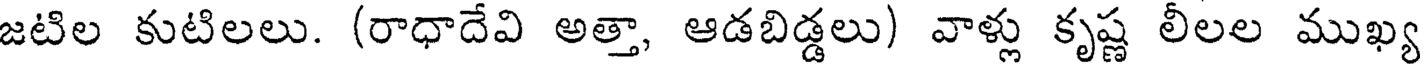
జటిల కుటిలలు. (రాధాదేవి అత్తా, ఆడబిడ్డలు) వాళ్లు కృష్ణ లీలల ముఖ్య